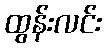
ထွန်းလင်း